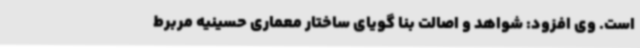
است. وی افزود: شواهد و اصالت بنا گویای ساختار معماری حسینیه مربرط